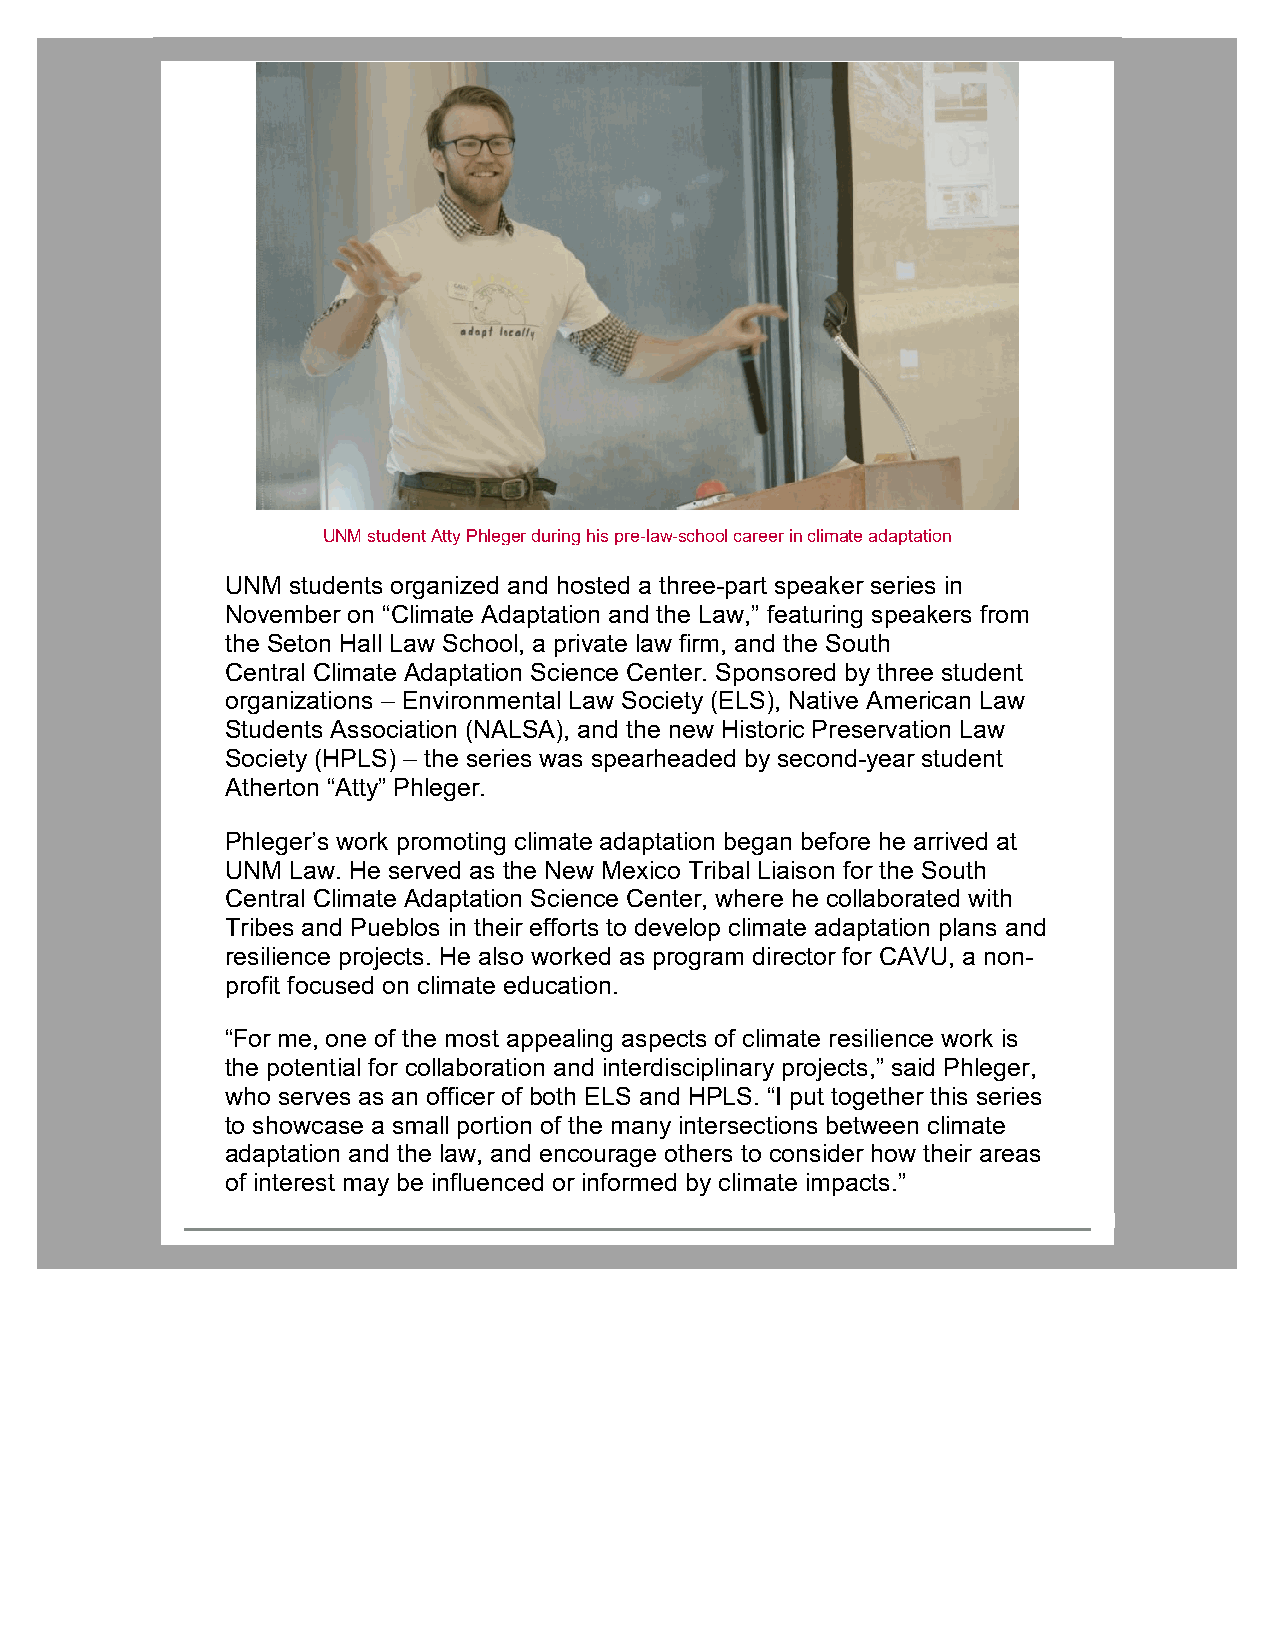
UNM student Atty Phleger during his pre-law-school career in climate adaptation
 UNM students organized and hosted a three-part speaker series in
 November on “Climate Adaptation and the Law,” featuring speakers from
 the Seton Hall Law School, a private law firm, and the South
 Central Climate Adaptation Science Center. Sponsored by three student
 organizations – Environmental Law Society (ELS), Native American Law
 Students Association (NALSA), and the new Historic Preservation Law
 Society (HPLS) – the series was spearheaded by second-year student
 Atherton “Atty” Phleger.
 Phleger’s work promoting climate adaptation began before he arrived at
 UNM Law. He served as the New Mexico Tribal Liaison for the South
 Central Climate Adaptation Science Center, where he collaborated with
 Tribes and Pueblos in their efforts to develop climate adaptation plans and
 resilience projects. He also worked as program director for CAVU, a non-
 profit focused on climate education.
 “For me, one of the most appealing aspects of climate resilience work is
 the potential for collaboration and interdisciplinary projects,” said Phleger,
 who serves as an officer of both ELS and HPLS. “I put together this series
 to showcase a small portion of the many intersections between climate
 adaptation and the law, and encourage others to consider how their areas
 of interest may be influenced or informed by climate impacts.”